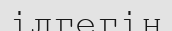
ілгегін